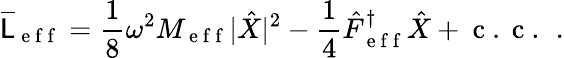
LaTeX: \overline{{\mathsf{L}}}_{\mathrm{~e~f~f~}}=\frac{1}{8}\omega^{2}M_{\mathrm{~e~f~f~}}|\hat{X}|^{2}-\frac{1}{4}\hat{F}_{\mathrm{~e~f~f~}}^{\dagger}\hat{X}+\mathrm{~c~.~c~.~}\, .